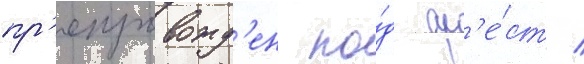
пр'епровожд'ен по́д ар'е́ст /